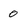
Character: 0